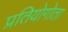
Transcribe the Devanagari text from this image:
प्रतियोगोता